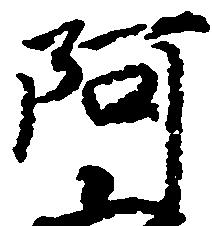
阿